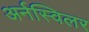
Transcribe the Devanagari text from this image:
अर्नस्विलर